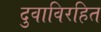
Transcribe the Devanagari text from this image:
दुवाविरहित